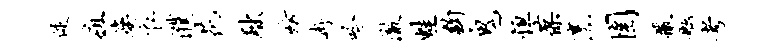
促疽婆衣濮花黜妨冉吟澈蛙钩鬼恒葆烹圉撒舷考